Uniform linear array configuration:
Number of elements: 16
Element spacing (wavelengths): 0.5
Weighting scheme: hann
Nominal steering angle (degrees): -60
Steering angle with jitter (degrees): -59.967
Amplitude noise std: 0.05
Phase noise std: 0.05

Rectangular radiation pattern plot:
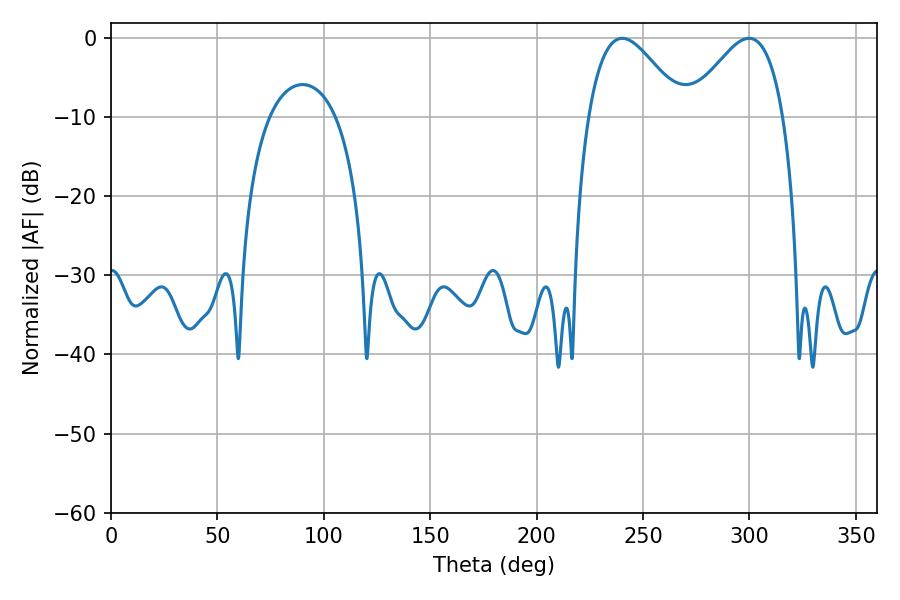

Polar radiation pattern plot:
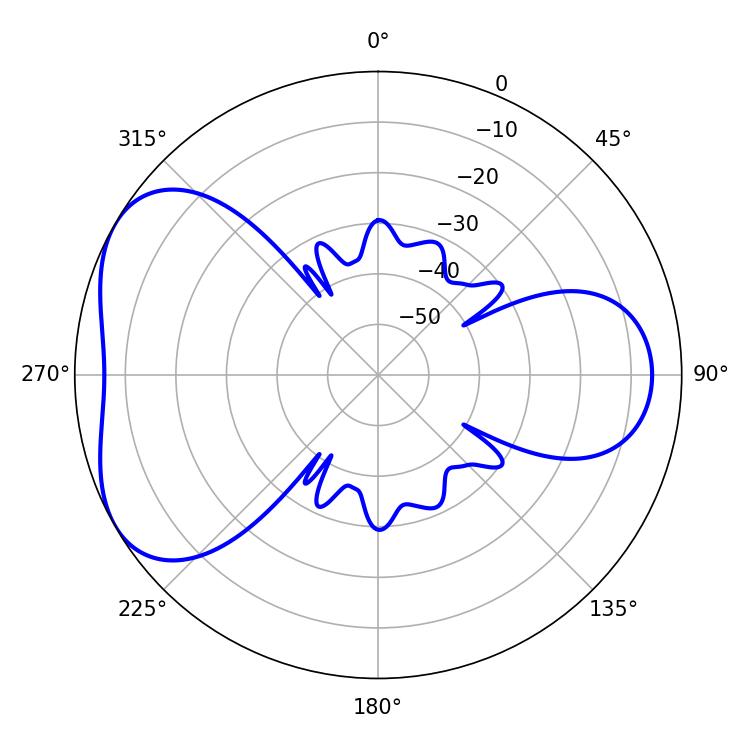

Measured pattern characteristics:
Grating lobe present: FALSE
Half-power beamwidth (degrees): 23.94
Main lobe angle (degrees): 240.3